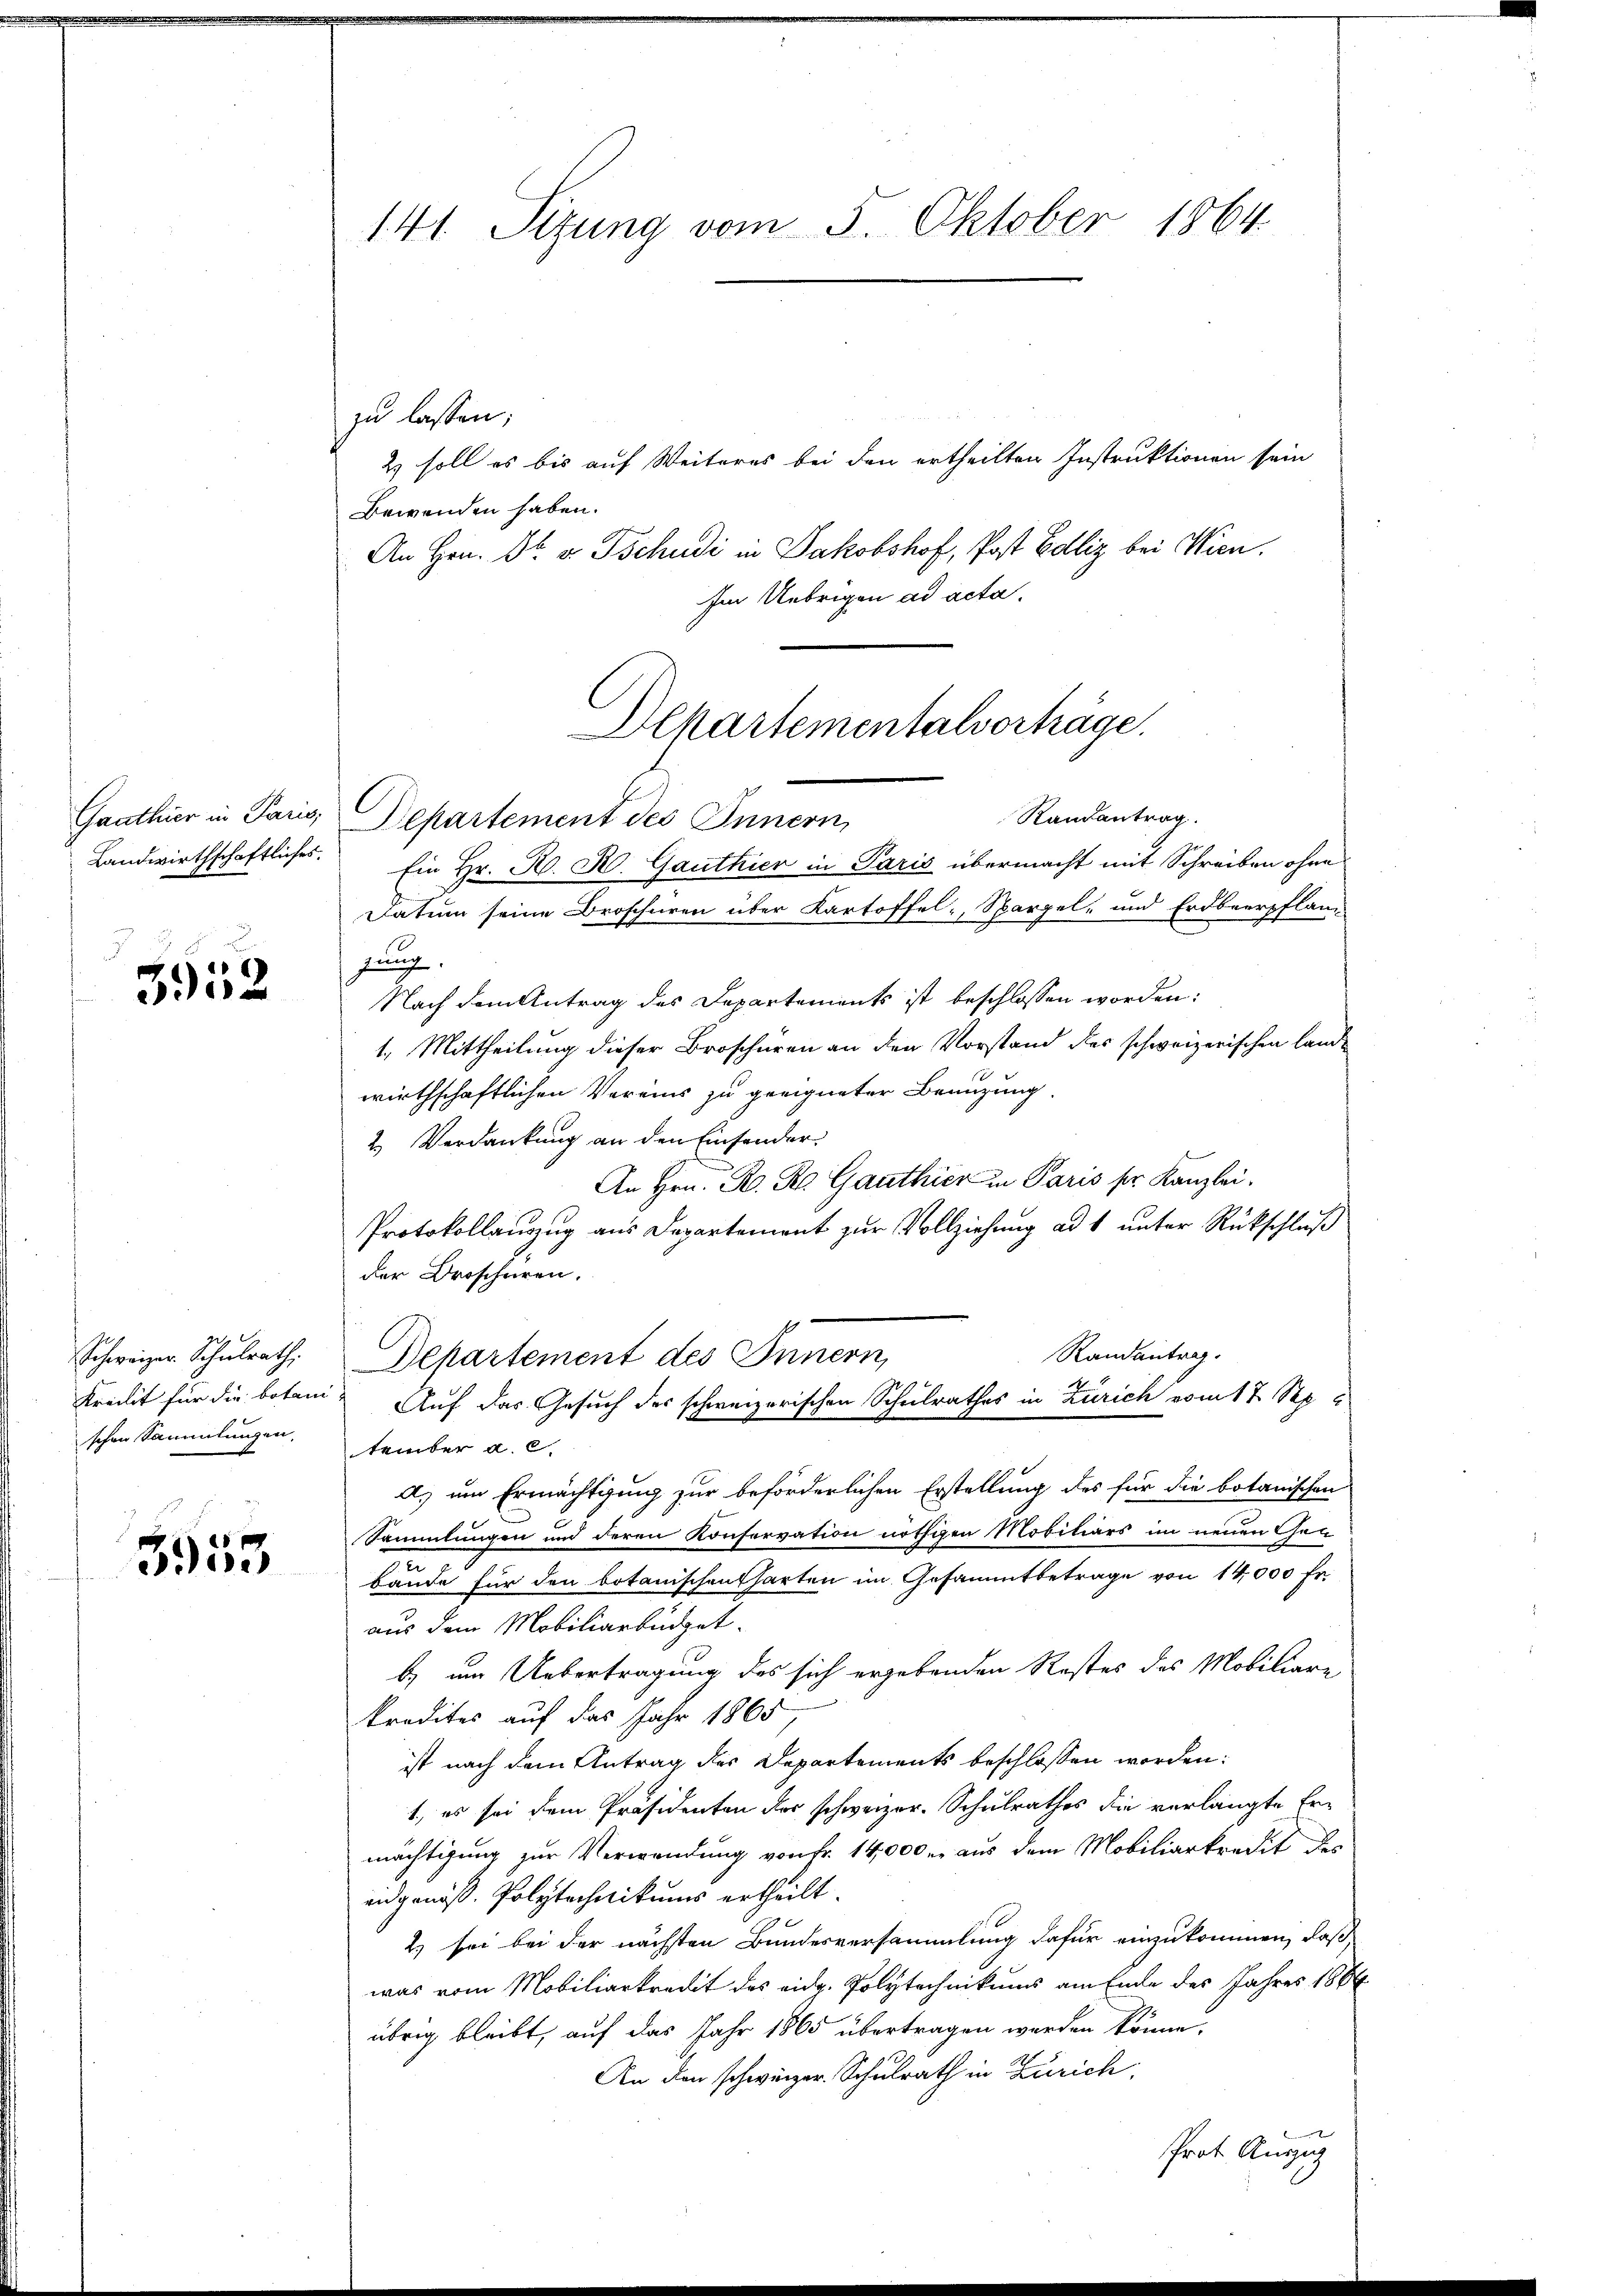
Ganthier in Paris,
Landwirthschaftliches.

3952

Schweizer. Schulrath,
Kreisit für die botan
schen Sammlungen.

3953

141 Sizung vom 5. Oktober 1864.

zu lassen;
2) soll es bis auf Weiteres bei den ertheilten Instruktionen sein
Bewenden haben.
An Hrn. Dr. v. Tschudi in Jakobshof, Post Bolliz bei Wien,
Im Uebrigen ad acta.
Randantrag.
Departement des Innern,
Ein Hr. H. H. Gautkier in Paris übermacht mit Schreiben ohne
Datum seine Droschüren über Kartoffel Spargel- und Erdbeerpflan-
jung
Nach dem Antrag des Departements ist beschlossen worden:
1. Mittheilung dieser Broschüren an den Vorstand des schweizerischen Landwirthschaftlichen Vereins zu geeigneter Benuzung
2.) Verdankung an den Einsonder.
An Hrn. R. R. Ganthier in Paris sr. Kanzlei.
Protokollanzug aus Departement zur Vollziehung ad 1 unter Rückschluß
der Broschüren.
Randantrag.
Departement des Innern,
Auf das Gesuch des schweizerischen Schulrathes in Zürich vom 17. Sep.
tember a. c.
A. um Ermächtigung zur beförderlichen Erstellung des für die botanischen
Sammlungen und deren Konservation nöthigen Mobiliars im neuen Gebände für den botanischentharten im Gesammtbetrage von 14,000 fr.
aus dem Mobiliarbüdget.
b) um Uebertragung des sich ergebenden Restes des Mobiliare
kredites auf das Jahr 1865
ist nach dem Antrag des Departements beschlossen worden:
1., es sei dem Präsidenten der schweizer-Schulrathes die verlangte Ermächtigung zur Verwendung von Fr. 14,000 er aus dem Mobiliarkredit des
andgenöß. Polytechnikums ertheilt
2) bei bei der nächsten Bundesversammlung dafür einzukommen, daß
was vom Mobiliarkredit des eid. Polytechnikums am Ende des Jahres 1886
übrig bleibt, auf das Jahr 1865 übertragen werden könne.
An den schweizer. Schulrath in Zürich,
Prot. Auszug

Departementalverträge.